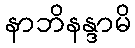
နာဘိနန္ဒာမိ